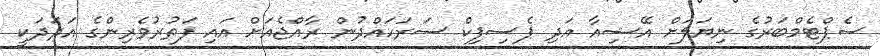
ސެޕްޓެމްބަރުގެ ނިޔަލަށް އޭޝިއާ އަދި ޕެސިފިކް ސަރަހައްދުން ރާއްޖެއަށް އައި ފަތުރުވެރިންގެ އަދަދަކީ